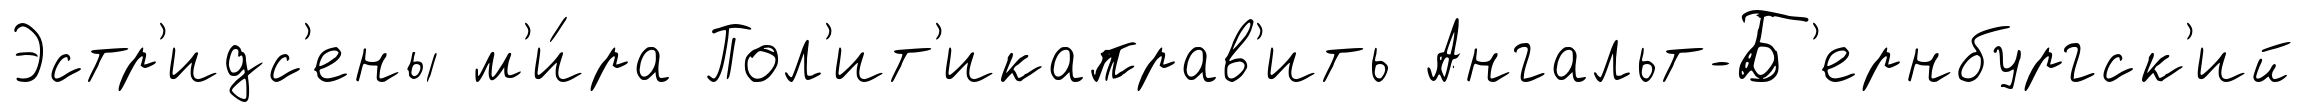
Эстр'идс'ены м'и́ра Пол'ит'икаправ'ить Ангальт-Б'ернбургск'ий